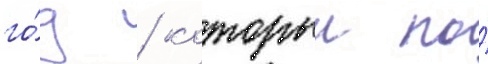
го́д / которыи по́